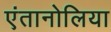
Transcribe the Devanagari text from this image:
एंतानोलिया